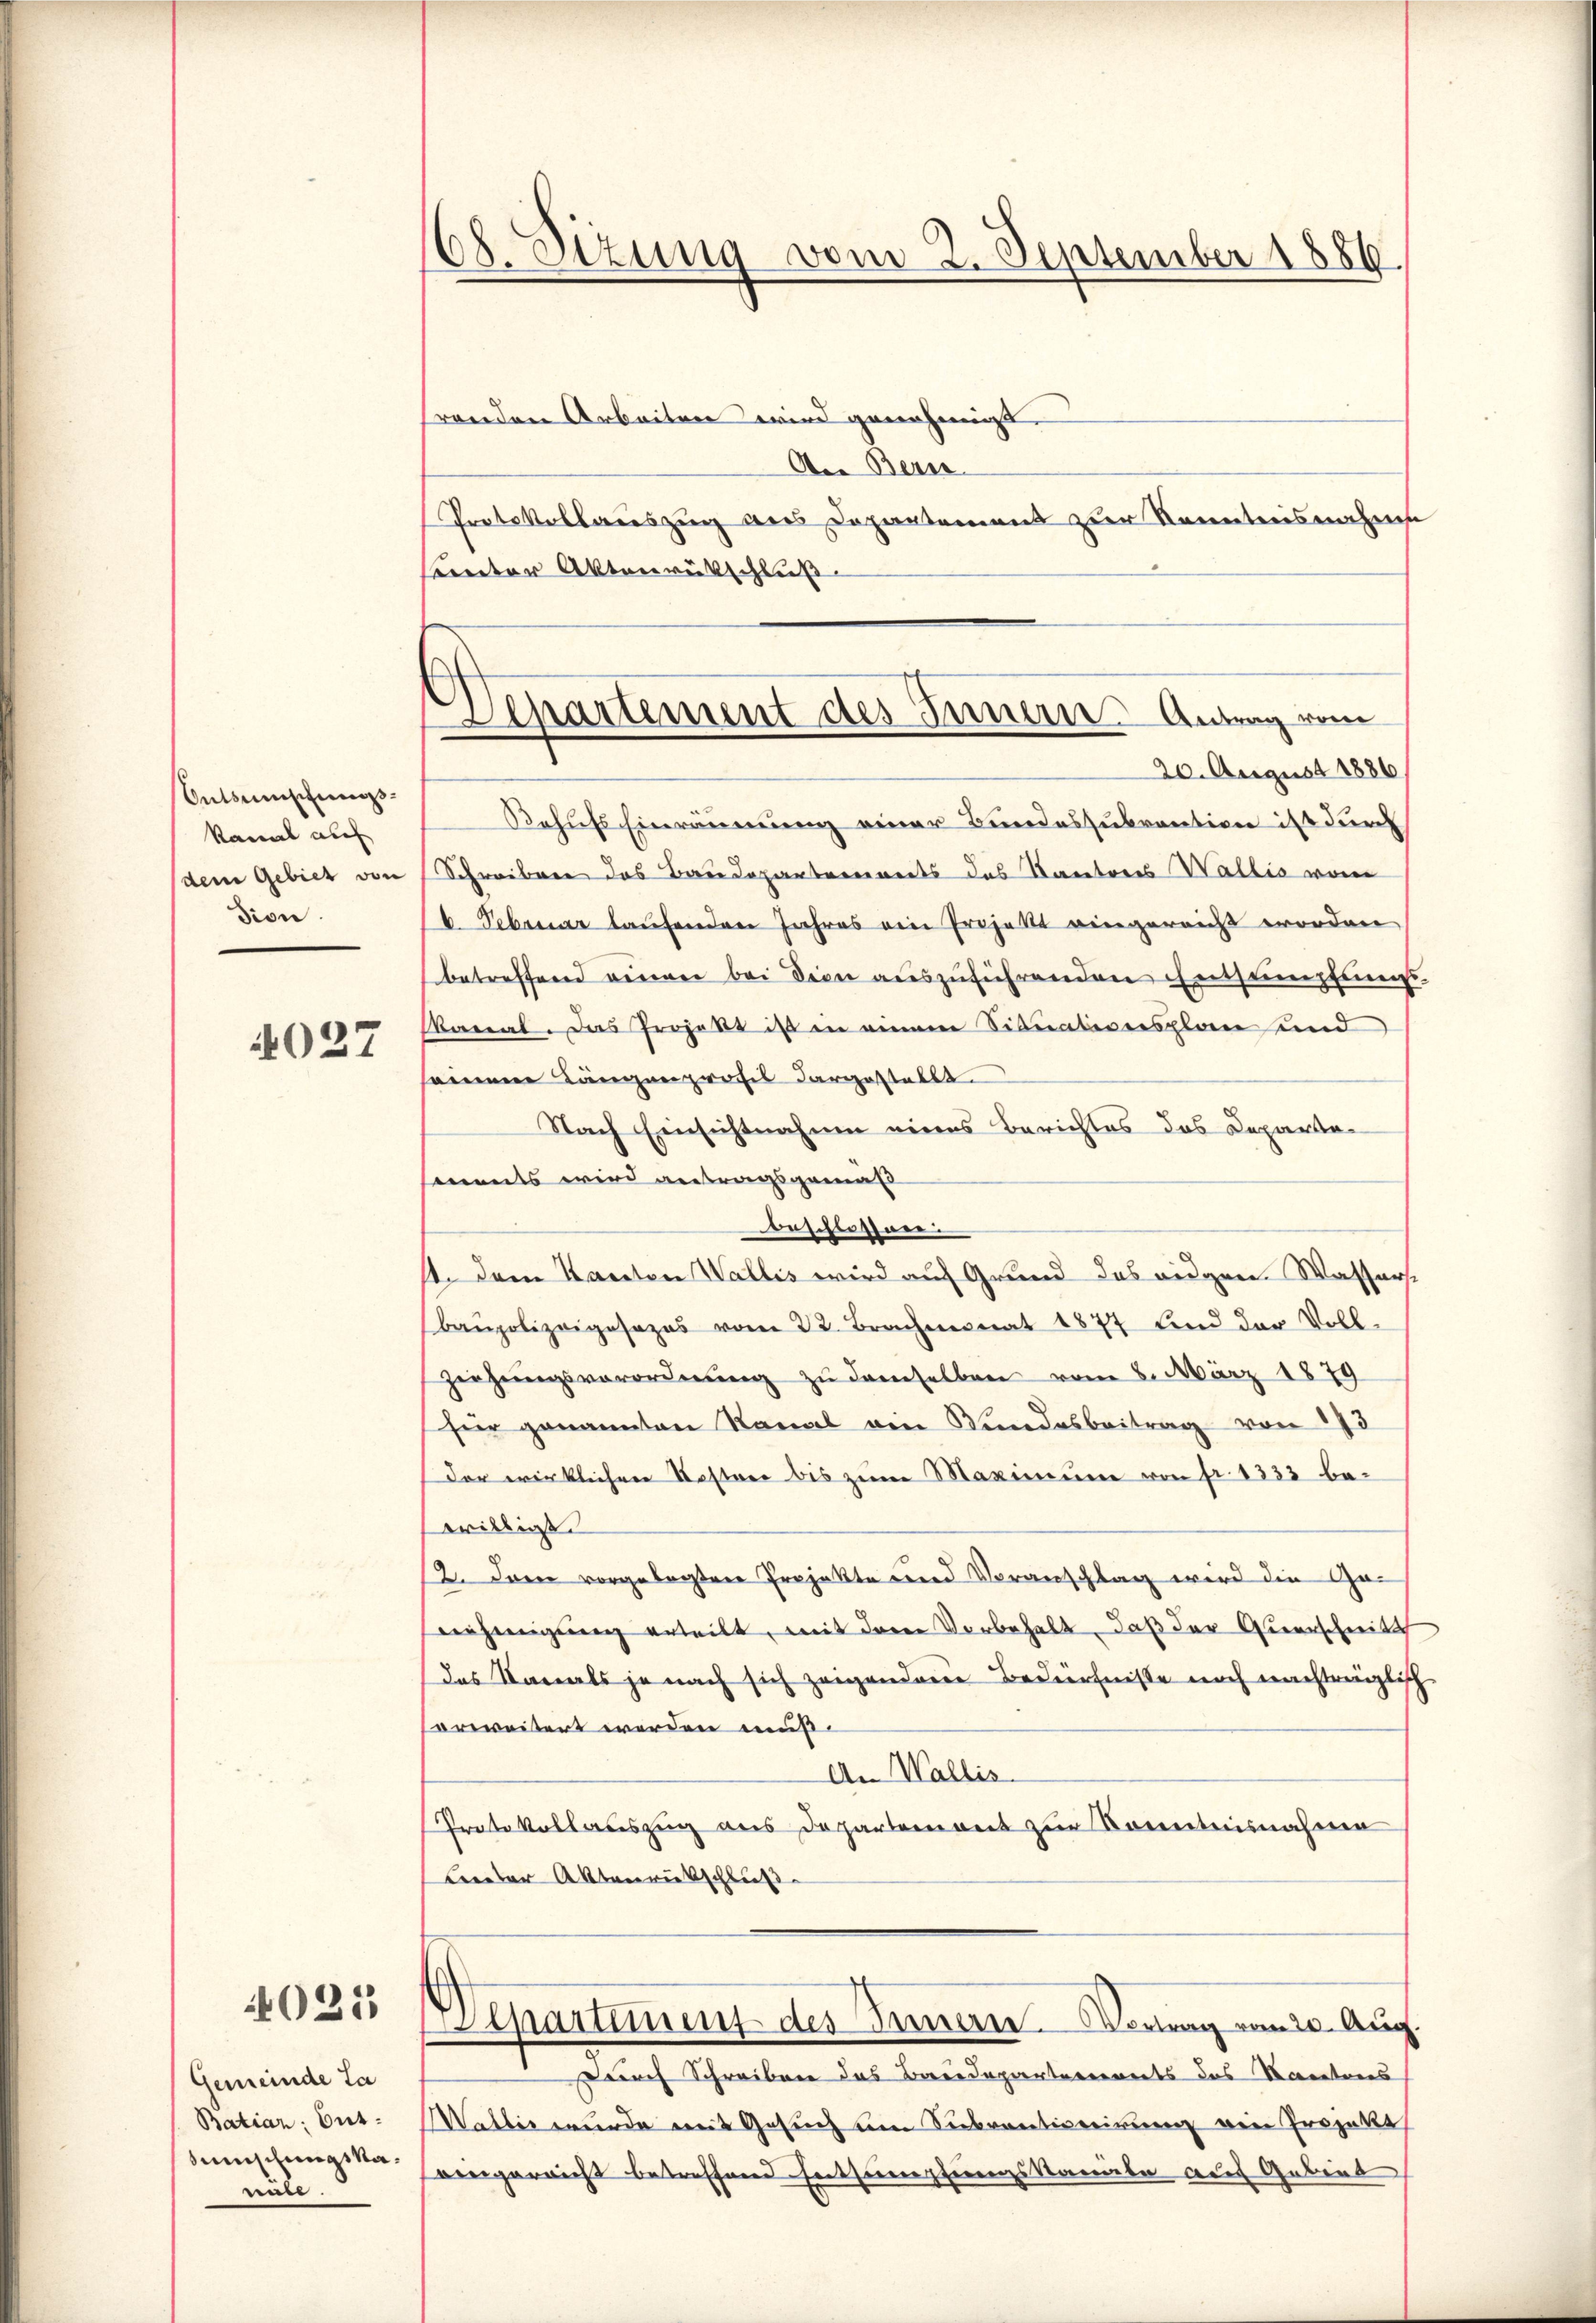
Ontsumschungskannt auf
(dem Gebier von
dion

4027

021

Gemeinde Ta
Batiar Gut.
Mmmschungska¬
.

68. Sizung vom 2. September 1886.

renden Arbeiten wird genehmigt.
An Bern.
Protokollauszug aus Departement zur Kenntnisnahme
Canton Aktenrütschluß
Behufs Einräumung einer Bundessubvention ist durch
Schreiben das Baudepartrennerts das Kantons Wallis vom
6. Sebruar laufenden Jahres ein Projekt eingereicht erordene
betreffend einer bei dien auszuführenden Entsumpfungs
kanal. Das Projekt ist in einem Situativersplan und
einem Längenproches dargestellt
Nach Einsichtnahme eines Berichtes das Departen
sements wird antragsgemäß
beschlossnen
1. Dem Kanton Wallis wird auf Grund das augen. Wassersbaupolizeigesezes vom 22. Brachmonat 1877 und der Voll-
Ziehŭngsverordnŭng zŭ demselben vom 8. März 1879
für genannten Nomal ein Wundesbeitrag von 173
der wirklichen Kosten bis zum Maximum von fr. 1333 bewilligt.
2. Ferie vorgelegtere Projekte und Voranschlag wird die Ge¬
Diejenigung erteilt, mit deren Vorbehalt, daß der Querschreit
das Kanals je nach sich zeigenden Bedürfnisse noch nachträglich
erweitert werden mus
An Wallis.
Protokollauszug aus Departement zur Kenntnisnahme
Beneder Aktenrückschluß
Departement des Innern Vortrag vom 20. Aug.
Durch Schreiben das Baudepartements des Kantons
Mattet wurde mit Gesuch um Seebrantiveririeren von Projekt
eengereicht betreffend Entsumpfungskammele auf Gebiet

Separtement des Innern. Antrag vom
20. August 1886